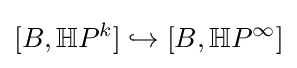
[B,\mathbb {H} P^{k}]\hookrightarrow [B,\mathbb {H} P^{\infty }]